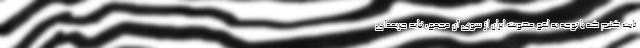
ثابت کنیم که با توجه به لغو عضویت ایران از سوی آن مجمع، نباید جریمه‌ای